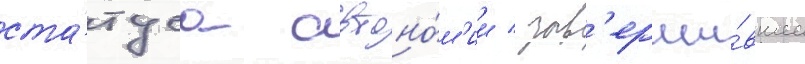
ста́туса автоно́м'ии / зав'ерши́вшее